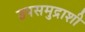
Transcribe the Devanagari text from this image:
उपसमुद्राशी